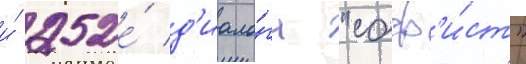
и́ 252е́ д'иало́га "соф'и́ст"